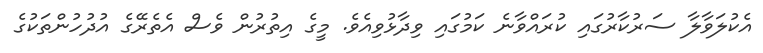
އެކުލަވާލާ ސަރުކާރުގައި ކުރައްވާނެ ކަމުގައި ވިދާޅުވިއެވެ. މީގެ އިތުރުން ވެސް އެތެރޭގެ އުދުހުންތަކުގެ